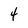
Character: 4